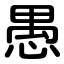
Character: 愚